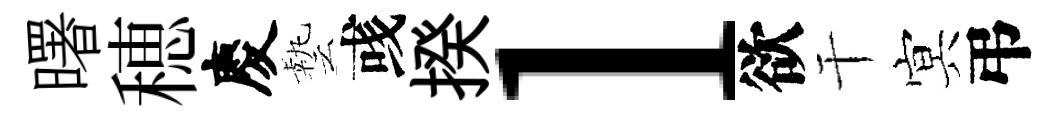
曙穂慶藝彧揆l欲干㝠弔